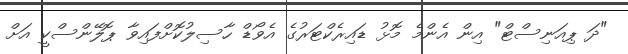
"ދަ ޕިއަނިސްޓް" އިން އެންމެ މޮޅު ޑައިރެކްޓަރުގެ އެވޯޑް ހާސިލުކޮށްފައިވާ ޕޮލޭންސްކީ އަށް